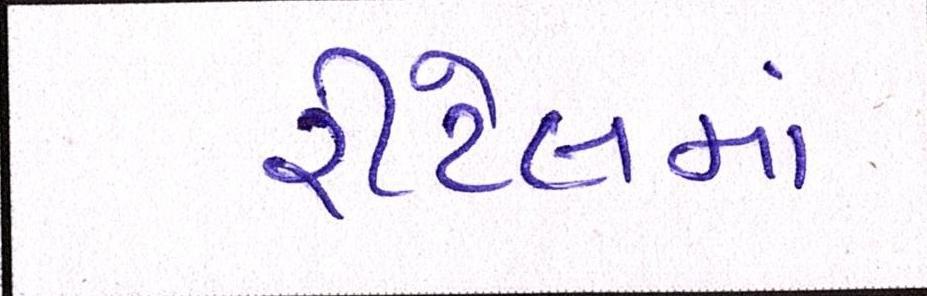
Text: રીટેલમાં